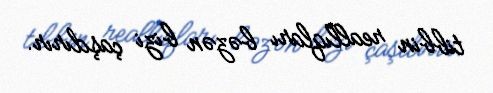
tibbin reallıqları bəzən bizi çaşdırır.